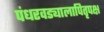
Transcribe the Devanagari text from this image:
पंधरवड्यालापितृपक्ष